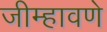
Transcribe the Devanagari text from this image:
जीम्हावणे